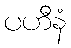
ပဟီနံ